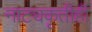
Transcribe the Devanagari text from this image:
नाट्यकृतीही